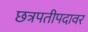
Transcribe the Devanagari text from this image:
छत्रपतीपदावर